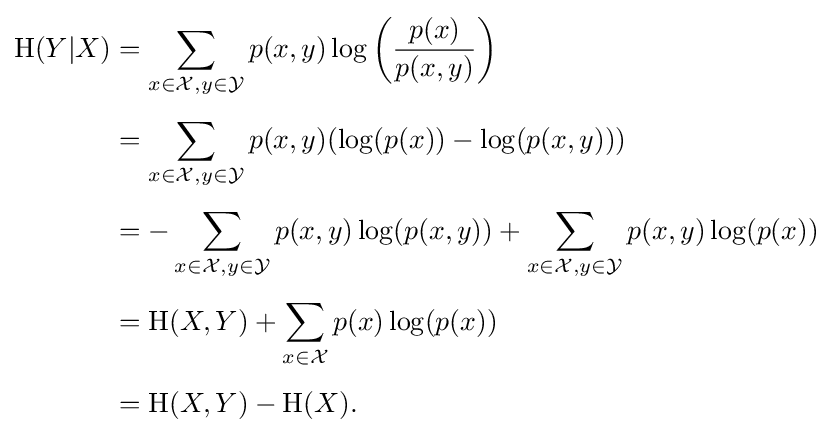
{\begin{aligned}\mathrm {H} (Y|X)&=\sum _{x\in {\mathcal {X}},y\in {\mathcal {Y}}}p(x,y)\log \left({\frac {p(x)}{p(x,y)}}\right)\\[4pt]&=\sum _{x\in {\mathcal {X}},y\in {\mathcal {Y}}}p(x,y)(\log(p(x))-\log(p(x,y)))\\[4pt]&=-\sum _{x\in {\mathcal {X}},y\in {\mathcal {Y}}}p(x,y)\log(p(x,y))+\sum _{x\in {\mathcal {X}},y\in {\mathcal {Y}}}{p(x,y)\log(p(x))}\\[4pt]&=\mathrm {H} (X,Y)+\sum _{x\in {\mathcal {X}}}p(x)\log(p(x))\\[4pt]&=\mathrm {H} (X,Y)-\mathrm {H} (X).\end{aligned}}